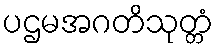
ပဌမအဂတိသုတ္တံ